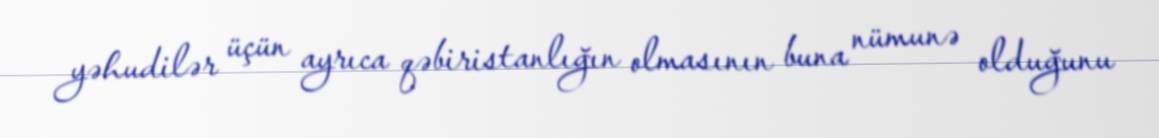
yəhudilər üçün ayrıca qəbiristanlığın olmasının buna nümunə olduğunu